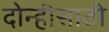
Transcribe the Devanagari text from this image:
दोन्हीसाठी